Leaving Certificate Examination (including Day School Certificate (Higher) General paper), 1935
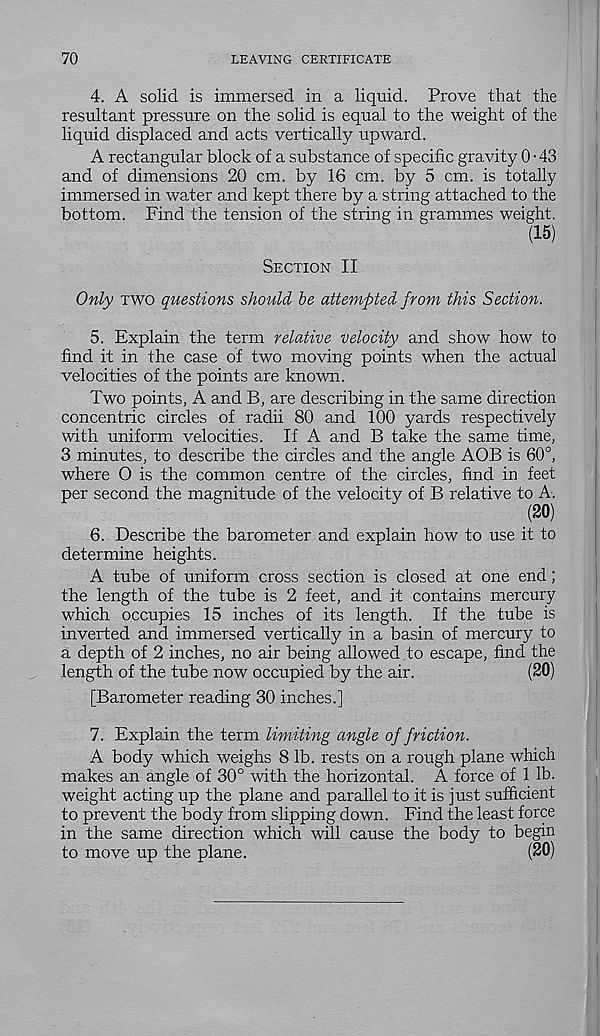
70
LEAVING CERTIFICATE
4. A solid is immersed in a liquid. Prove that the
resultant pressure on the solid is equal to the weight of the
liquid displaced and acts vertically upward.
A rectangular block of a substance of specific gravity 0 • 43
and of dimensions 20 cm. by 16 cm. by 5 cm. is totally
immersed in water and kept there by a string attached to the
bottom. Find the tension of the string in grammes weight.
(15)
Section II
Only two questions should, be attempted from this Section.
5. Explain the term relative velocity and show how to
find it in the case of two moving points when the actual
velocities of the points are known.
Two points, A and B, are describing in the same direction
concentric circles of radii 80 and 100 yards respectively
with uniform velocities. If A and B take the same time,
3 minutes, to describe the circles and the angle AOB is 60°,
where O is the common centre of the circles, find in feet
per second the magnitude of the velocity of B relative to A.
(20)
6. Describe the barometer and explain how to use it to
determine heights.
A tube of uniform cross section is closed at one end;
the length of the tube is 2 feet, and it contains mercury
which occupies 15 inches of its length. If the tube is
inverted and immersed vertically in a basin of mercury to
a depth of 2 inches, no air being allowed to escape, find the
length of the tube now occupied by the air.
(20)
[Barometer reading 30 inches.]
7. Explain the term limiting angle of friction.
A body which weighs 8 lb. rests on a rough plane which
makes an angle of 30° with the horizontal. A force of 1 lb.
weight acting up the plane and parallel to it is just sufficient
to prevent the body from slipping down. Find the least force
in the same direction which will cause the body to begin
to move up the plane.
(20)